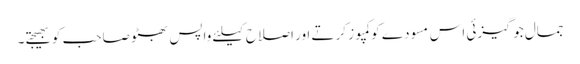
جمال جوگیزئی اس مسودے کو کمپوز کرتے اور اصلاح کیلئے واپس بھٹو صاحب کو بھیجتے۔